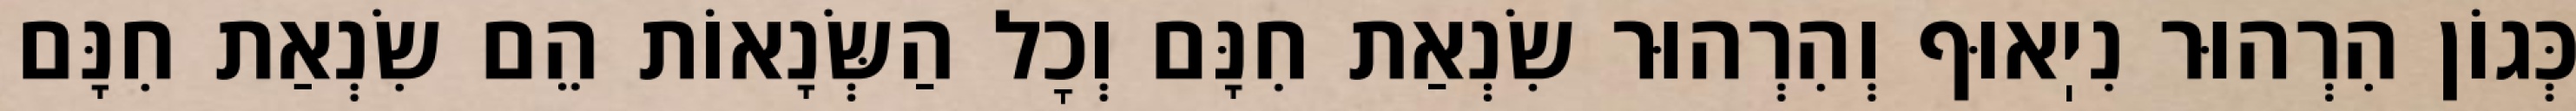
כְּגוֹן הִרְהוּר נִיֽאוּף וְהִרְהוּר שִׂנְאַת חִנָּם וְכׇל הַשְּׂנָאוֹת הֵם שִׂנְאַת חִנָּם